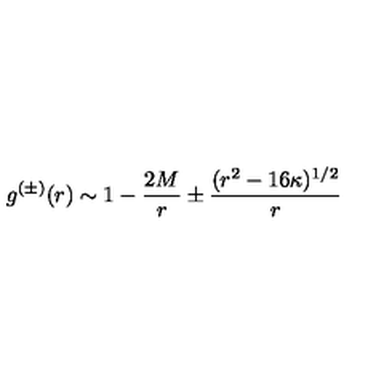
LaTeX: g ^ { ( \pm ) } ( r ) \sim 1 - { \frac { 2 M } { r } } \pm { \frac { ( r ^ { 2 } - 1 6 \kappa ) ^ { 1 / 2 } } { r } }